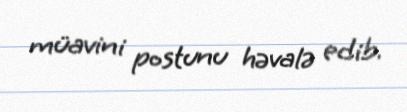
müavini postunu həvalə edib.